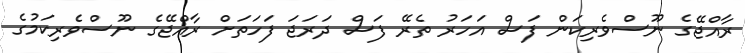
ރާއްޖޭގެ ނޫސްވެރިކަން ފަސް އަހަރު ތެރޭ ފަސް ދަރަޖަ ފަހަތަށް ރާއްޖޭގެ ނޫސްވެރިކަމުގެ